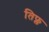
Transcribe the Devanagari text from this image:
तिफ्ल